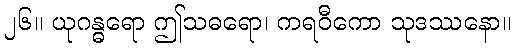
၂၆။ ယုဂန္ဓရော ဤသဓရော၊ ကရဝီကော သုဒဿနော။